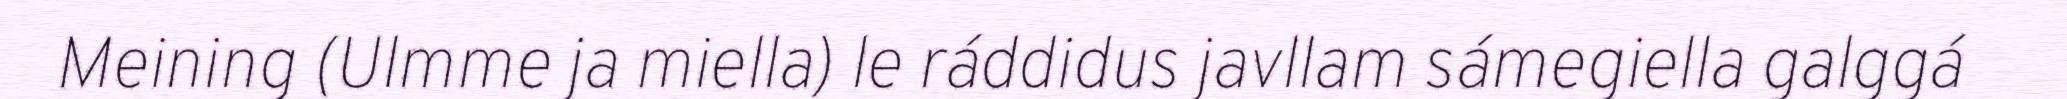
Meining (Ulmme ja miella) le ráddidus javllam sámegiella galggá